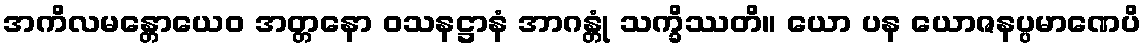
အကိလမန္တောယေဝ အတ္တနော ဝသနဋ္ဌာနံ အာဂန္တုံ သက္ခိဿတိ။ ယော ပန ယောဇနပ္ပမာဏေပိ